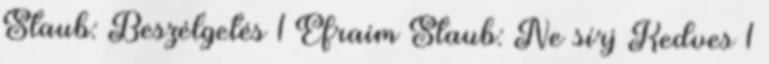
Staub: Beszélgetés 1 Efraim Staub: Ne sírj Kedves 1